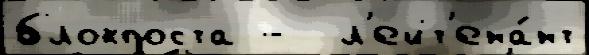
блокпоста -  л'ейт'ена́нт